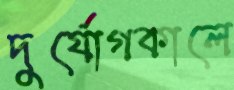
দুর্যোগকালে